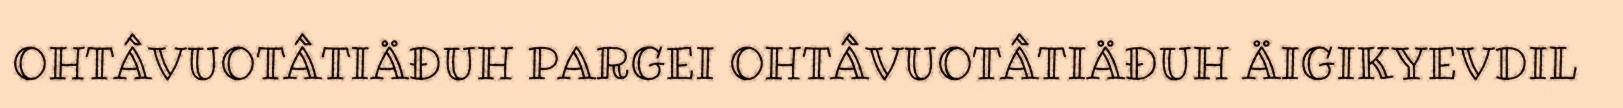
OHTÂVUOTÂTIÄĐUH PARGEI OHTÂVUOTÂTIÄĐUH ÄIGIKYEVDIL